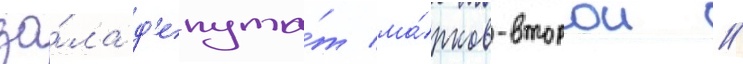
за́ла д'епута́т ма́рков-второи //